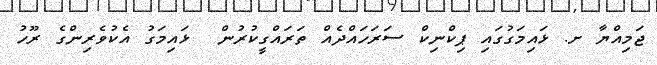
ޖަމިއްޔާ ށ. ޅައިމަގުގައި ޕިކްނިކް ސަރަހައްދެއް ތަރައްގީކުރުން  ޅައިމަގު އެކުވެރިންގެ ރޫހު